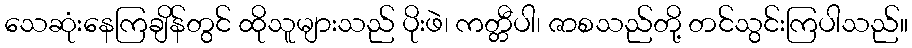
သေဆုံးနေကြချိန်တွင် ထိုသူများသည် ပိုးဖဲ၊ ကတ္တီပါ၊ ဇာစသည်တို့ တင်သွင်းကြပါသည်။